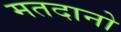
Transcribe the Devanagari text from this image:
मतदानो